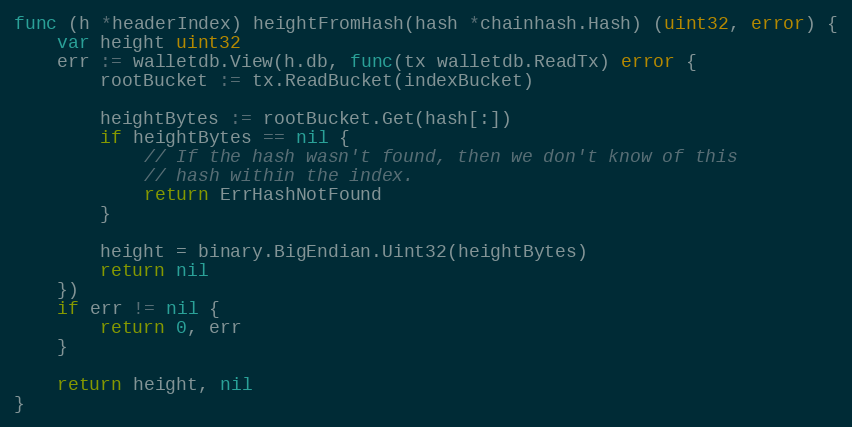
Language: Go
func (h *headerIndex) heightFromHash(hash *chainhash.Hash) (uint32, error) {
	var height uint32
	err := walletdb.View(h.db, func(tx walletdb.ReadTx) error {
		rootBucket := tx.ReadBucket(indexBucket)

		heightBytes := rootBucket.Get(hash[:])
		if heightBytes == nil {
			// If the hash wasn't found, then we don't know of this
			// hash within the index.
			return ErrHashNotFound
		}

		height = binary.BigEndian.Uint32(heightBytes)
		return nil
	})
	if err != nil {
		return 0, err
	}

	return height, nil
}